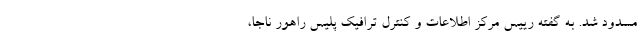
مسدود شد. به گفته رییس مرکز اطلاعات و کنترل ترافیک پلیس راهور ناجا،